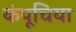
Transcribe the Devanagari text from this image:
कंपूचिया